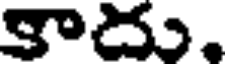
కాదు.